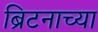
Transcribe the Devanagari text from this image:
ब्रिटनाच्या